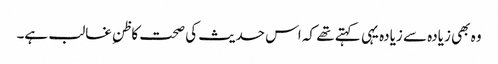
وہ بھی زیادہ سے زیادہ یہی کہتے تھے کہ اس حدیث کی صحت کاظنِ غالب ہے۔